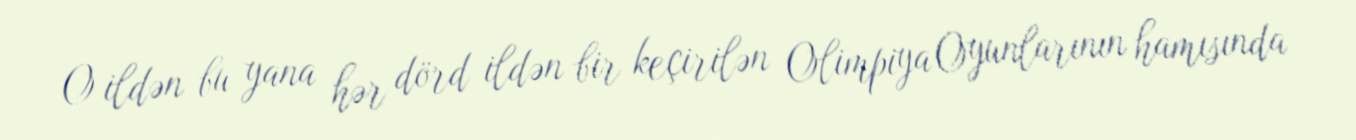
O ildən bu yana hər dörd ildən bir keçirilən Olimpiya Oyunlarının hamısında